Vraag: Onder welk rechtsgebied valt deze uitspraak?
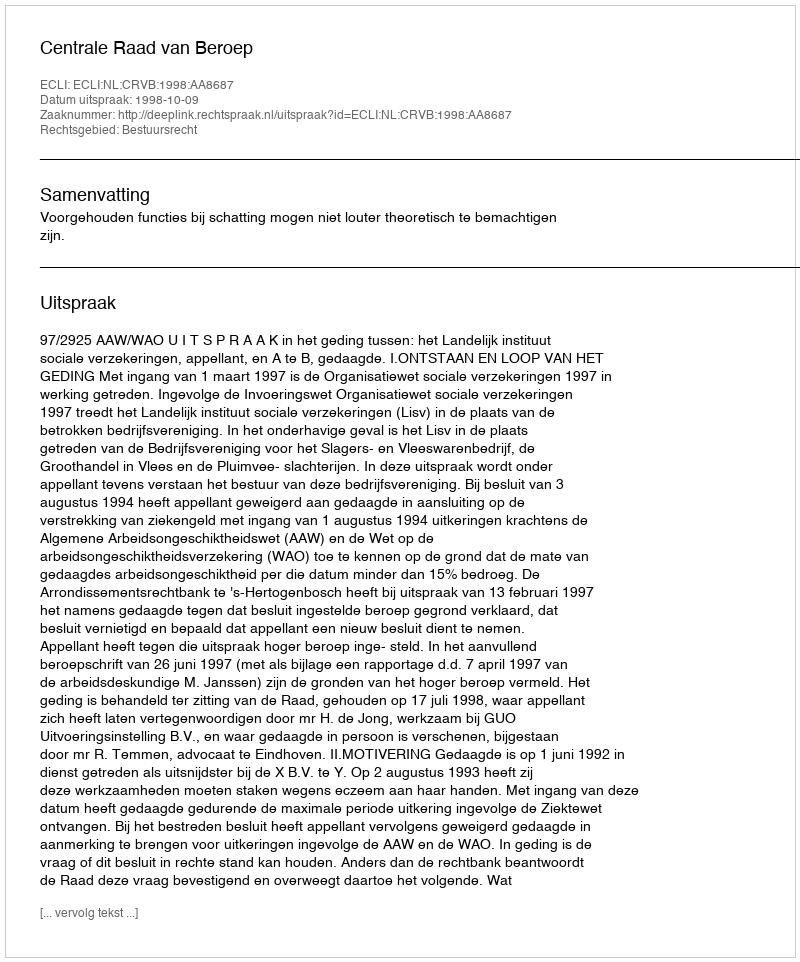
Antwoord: Bestuursrecht